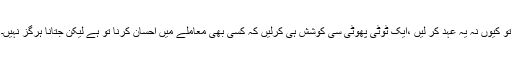
تو کیوں نہ یہ عہد کر لیں ،ایک ٹوٹی پھوٹی سی کوشش ہی کرلیں کہ کسی بھی معاملے میں احسان کرنا تو ہے لیکن جتانا ہرگز نہیں۔